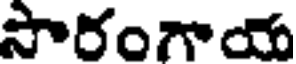
సారంగాయ